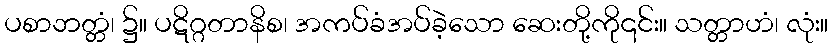
ပစာဘတ္တံ၊ ၌။ ပဋိဂ္ဂတာနိစ၊ အကပ်ခံအပ်ခဲ့သော ဆေးတို့ကို၎င်း။ သတ္တာဟံ၊ လုံး။